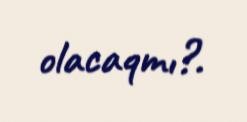
olacaqmı?.